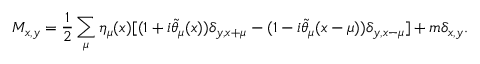
M _ { x , y } = \frac { 1 } { 2 } \sum _ { \mu } \eta _ { \mu } ( x ) [ ( 1 + i \tilde { \theta } _ { \mu } ( x ) ) \delta _ { y , x + \mu } - ( 1 - i \tilde { \theta } _ { \mu } ( x - \mu ) ) \delta _ { y , x - \mu } ] + m \delta _ { x , y } .